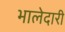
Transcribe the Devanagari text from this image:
भालेदारी